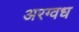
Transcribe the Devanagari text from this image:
अरग्वध